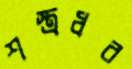
শস্ত্রধর